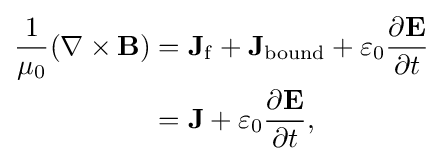
{\begin{aligned}{\frac {1}{\mu _{0}}}(\mathbf {\nabla } \times \mathbf {B} )&=\mathbf {J} _{\mathrm {f} }+\mathbf {J} _{\mathrm {bound} }+\varepsilon _{0}{\frac {\partial \mathbf {E} }{\partial t}}\\&=\mathbf {J} +\varepsilon _{0}{\frac {\partial \mathbf {E} }{\partial t}},\end{aligned}}